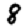
Digit: 8